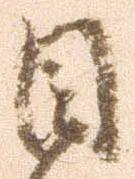
目